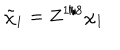
LaTeX: \tilde { \chi } _ { 1 } = Z ^ { 1 / 8 } \chi _ { 1 }